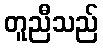
တူညီသည်